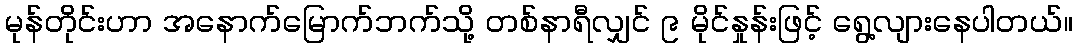
မုန်တိုင်းဟာ အနောက်မြောက်ဘက်သို့ တစ်နာရီလျှင် ၉ မိုင်နှုန်းဖြင့် ရွေ့လျားနေပါတယ်။